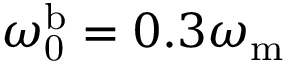
\omega _ { \mathrm { 0 } } ^ { \mathrm { b } } = 0 . 3 \omega _ { \mathrm { m } }